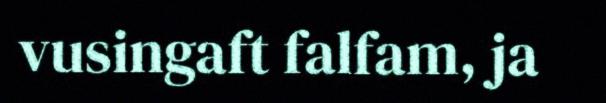
vusingaft falfam, ja